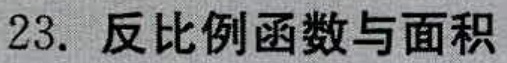
23. 反比例函数与面积